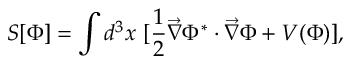
S [ \Phi ] = \int d ^ { 3 } x \ [ \frac { 1 } { 2 } \vec { \nabla } \Phi ^ { * } \cdot \vec { \nabla } \Phi + V ( \Phi ) ] ,